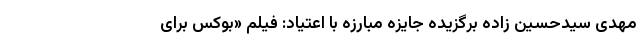
مهدی سیدحسین زاده برگزیده جایزه مبارزه با اعتیاد: فیلم «بوکس برای